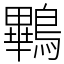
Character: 鷝